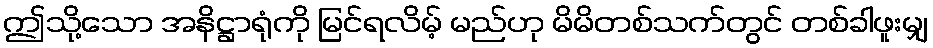
ဤသို့သော အနိဋ္ဌာရုံကို မြင်ရလိမ့် မည်ဟု မိမိတစ်သက်တွင် တစ်ခါဖူးမျှ